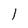
Character: l